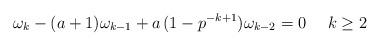
LaTeX: \begin{align*}\omega_{k}-(a+1)\omega_{k-1}+a\,(1-p^{-k+1})\omega_{k-2}=0\ \ \ \ k\geq2\end{align*}